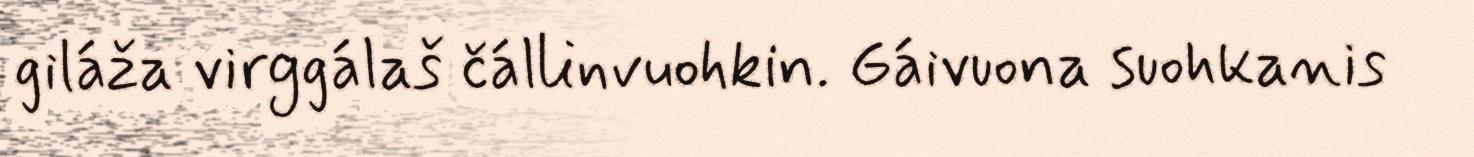
giláža virggálaš čállinvuohkin. Gáivuona suohkanis